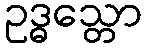
ဥဒ္ဓသ္တော